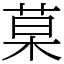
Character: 菒